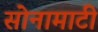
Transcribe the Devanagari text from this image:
सोनामाटी